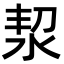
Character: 洯